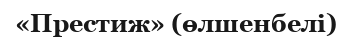
«Престиж» (өлшенбелі)